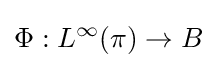
\Phi :L^{\infty }(\pi )\to B